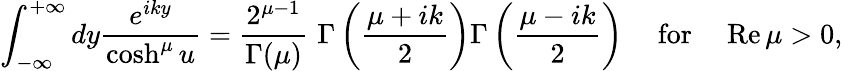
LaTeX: \int_{-\infty}^{+\infty}dy\frac{e^{iky}}{\cosh^{\mu}u}=\frac{2^{\mu-1}}{\Gamma(\mu)}\, \, \Gamma\left(\frac{\mu+ik}{2}\right)\Gamma\left(\frac{\mu-ik}{2}\right)~~~~~\mathrm{for}~~~~~\mathrm{Re}\, \mu>0,